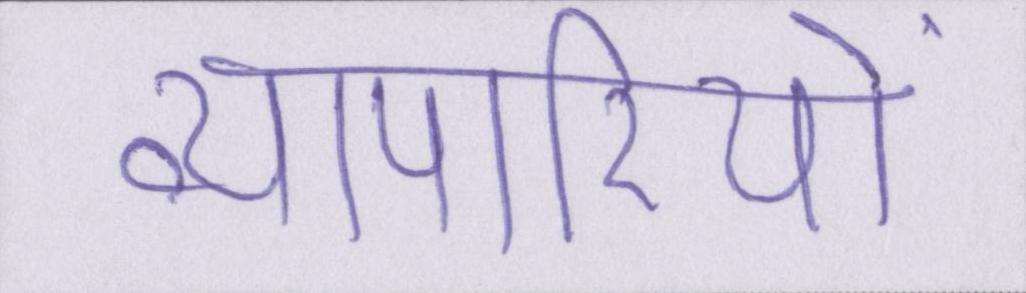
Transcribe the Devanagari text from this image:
व्यापारियों